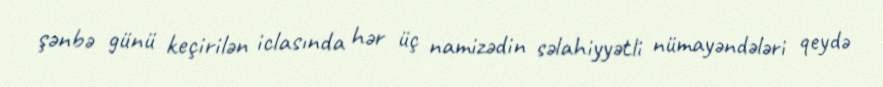
şənbə günü keçirilən iclasında hər üç namizədin səlahiyyətli nümayəndələri qeydə